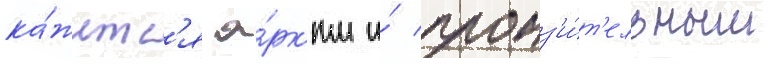
ка́жетс'я я́рк'им и́ пронз'и́т'ельным